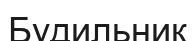
Будильник